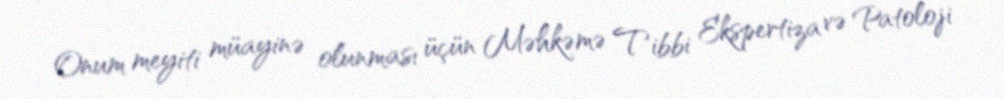
Onum meyiti müayinə olunması üçün Məhkəmə Tibbi Ekspertiza və Patoloji